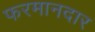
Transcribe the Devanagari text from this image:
फरमानदार